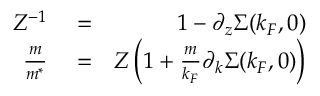
\begin{array} { r l r } { Z ^ { - 1 } } & { { } = } & { 1 - \partial _ { z } \Sigma ( k _ { F } , 0 ) } \\ { \frac { m } { m ^ { * } } } & { { } = } & { Z \left( 1 + \frac { m } { k _ { F } } \partial _ { k } \Sigma ( k _ { F } , 0 ) \right) } \end{array}